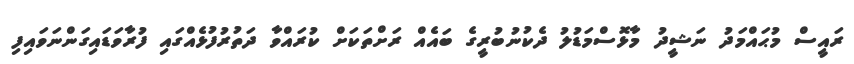
ރައީސް މުޙައްމަދު ނަޝީދު މާޅޮސްމަޑުލު ދެކުނުބުރީގެ ބައެއް ރަށްތަކަށް ކުރައްވާ ދަތުރުފުޅެއްގައި ފުރާވަޑައިގަންނަވައިފި